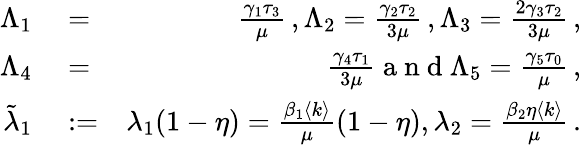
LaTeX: \begin{array}{rlr}{\Lambda_{1}}&{{}=}&{\frac{\gamma_{1}\tau_{3}}{\mu}\, ,\Lambda_{2}=\frac{\gamma_{2}\tau_{2}}{3\mu}\, ,\Lambda_{3}=\frac{2\gamma_{3}\tau_{2}}{3\mu}\, ,}\\ {\Lambda_{4}}&{{}=}&{\frac{\gamma_{4}\tau_{1}}{3\mu}\mathrm{~a~n~d~}\Lambda_{5}=\frac{\gamma_{5}\tau_{0}}{\mu}\, ,}\\ {\tilde{\lambda}_{1}}&{{}:=}&{{\lambda_{1}(1-\eta)}=\frac{\beta_{1}\langle k\rangle}{\mu}(1-\eta),\lambda_{2}=\frac{\beta_{2}\eta\langle k\rangle}{\mu}\, .}\end{array}